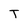
Character: T